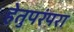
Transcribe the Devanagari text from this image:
हेतुपरंपरा